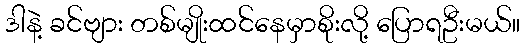
ဒါနဲ့ ခင်ဗျား တစ်မျိုးထင်နေမှာစိုးလို့ ပြောရဦးမယ်။